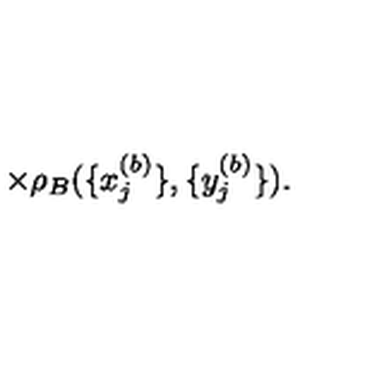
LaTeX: \times \rho _ { B } ( \{ x _ { j } ^ { ( b ) } \} , \{ y _ { j } ^ { ( b ) } \} ) .